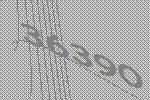
36390